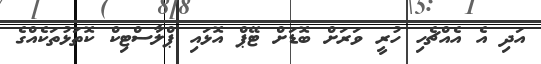
އަދި އެ އެއްޗެހި ހުރީ ވަރަށް ބޮޑަށް ޓޭޕް އޮޅައި ޕްލާސްޓިކް ކޮތަޅުތަކެއްގެ